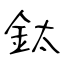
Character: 鈦